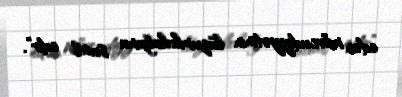
edən mövcudiyyətinin lüzumluluğunu sual edir”.